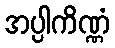
အပ္ပါကိဏ္ဏံ